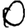
Digit: 0